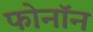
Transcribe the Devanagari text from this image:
फोनॉन